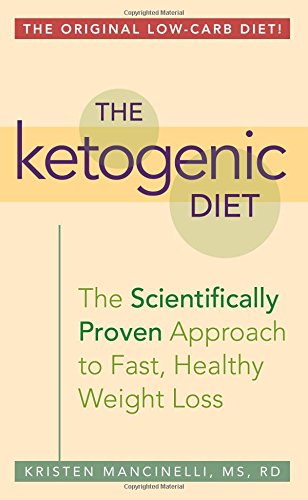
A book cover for The Ketogenic Diet: A Scientifically Proven Approach to Fast, Healthy Weight Loss; Kristen Mancinelli; Health, Fitness & Dieting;